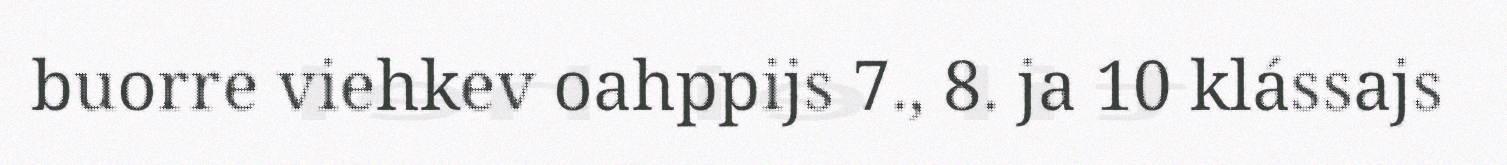
buorre viehkev oahppijs 7., 8. ja 10 klássajs